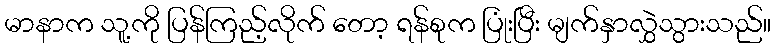
မာနာက သူ့ကို ပြန်ကြည့်လိုက် တော့ ရန်စုက ပြုံးပြီး မျက်နှာလွှဲသွားသည်။